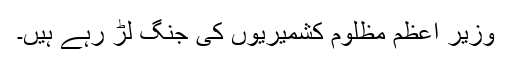
وزیر اعظم مظلوم کشمیریوں کی جنگ لڑ رہے ہیں۔